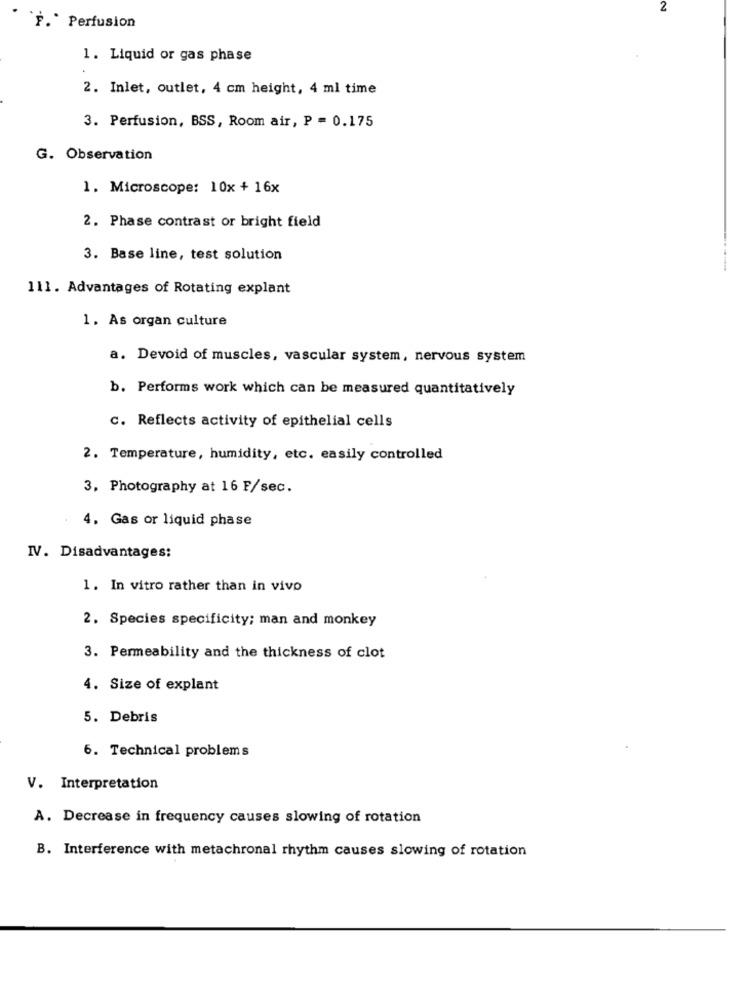
2
F. Perfusion
1. Liquid or gas phase
2. Inlet, outlet, 4 cm height, 4 ml time
3. Perfusion, BSS, Room air, P = 0.175
G. Observation
1. Microscope: 10x + 16x
2. Phase contrast or bright field
3. Base line, test solution
111. Advantages of Rotating explant
1. As organ culture
a. Devoid of muscles, vascular system, nervous system
b. Performs work which can be measured quantitatively
c. Reflects activity of epithelial cells
2. Temperature, humidity, etc. easily controlled
3, Photography at 16 F/sec.
4. Gas or liquid phase
IV. Disadvantages:
1. In vitro rather than in vivo
2. Species specificity; man and monkey
3. Permeability and the thickness of clot
4. Size of explant
5. Debris
6. Technical problems
V. Interpretation
A. Decrease in frequency causes slowing of rotation
B. Interference with metachronal rhythm causes slowing of rotation